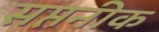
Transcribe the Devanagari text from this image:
सप्तनीक